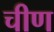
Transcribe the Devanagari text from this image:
चीण